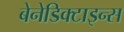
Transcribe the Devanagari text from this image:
बेनेडिक्टाइन्स